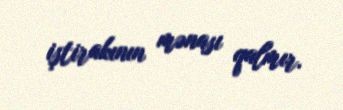
iştirakının mənası qalmır.